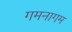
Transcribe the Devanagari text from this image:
गमनागम